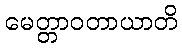
မေတ္တာဝတာယာတိ